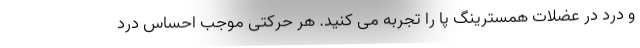
و درد در عضلات همسترینگ پا را تجربه می کنید. هر حرکتی موجب احساس درد